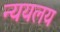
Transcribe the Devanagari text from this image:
न्ययलय